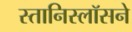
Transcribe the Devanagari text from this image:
स्तानिस्लॉसने